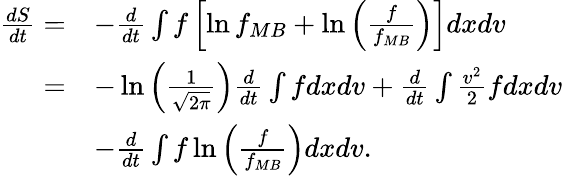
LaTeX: \begin{array}{rl}{\frac{dS}{dt}=}&{-\frac{d}{dt}\int f\left[\ln f_{MB}+\ln\left(\frac{f}{f_{MB}}\right)\right]dxdv}\\ {=}&{-\ln\left(\frac{1}{\sqrt{2\pi}}\right)\frac{d}{dt}\int fdxdv+\frac{d}{dt}\int\frac{v^{2}}{2}fdxdv}\\ &{-\frac{d}{dt}\int f\ln\left(\frac{f}{f_{MB}}\right)dxdv.}\end{array}